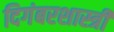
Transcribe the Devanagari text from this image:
दिगंबरशास्त्री